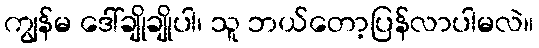
ကျွန်မ ဒေါ်ချိုချိုပါ၊ သူ ဘယ်တော့ပြန်လာပါမလဲ။